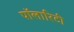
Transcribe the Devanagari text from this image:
पॉलारिटी